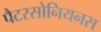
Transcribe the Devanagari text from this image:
पैटरसोनियनस